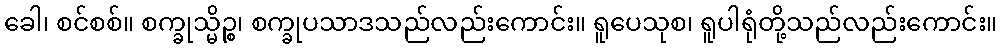
ခေါ၊ စင်စစ်။ စက္ခုသ္မိဉ္စ၊ စက္ခုပသာဒသည်လည်းကောင်း။ ရူပေသုစ၊ ရူပါရုံတို့သည်လည်းကောင်း။